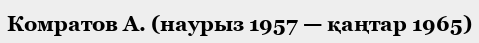
Комратов А. (наурыз 1957 — қаңтар 1965)